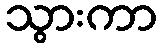
သွားကာ